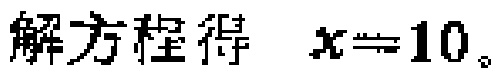
解方程得 \(x = 10\)。